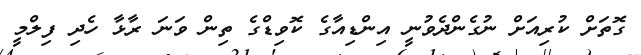
ގޮތަށް ކުރިއަށް ނުގެންދެވުނީ އިންޑިއާގެ ކޮވިޑްގެ ތިން ވަނަ ރާޅާ ހެދި ފިލްމީ